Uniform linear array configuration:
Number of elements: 16
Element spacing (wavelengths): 0.25
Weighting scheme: hamming
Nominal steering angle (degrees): -30
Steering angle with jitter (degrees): -30.961
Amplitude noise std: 0.05
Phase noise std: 0.05

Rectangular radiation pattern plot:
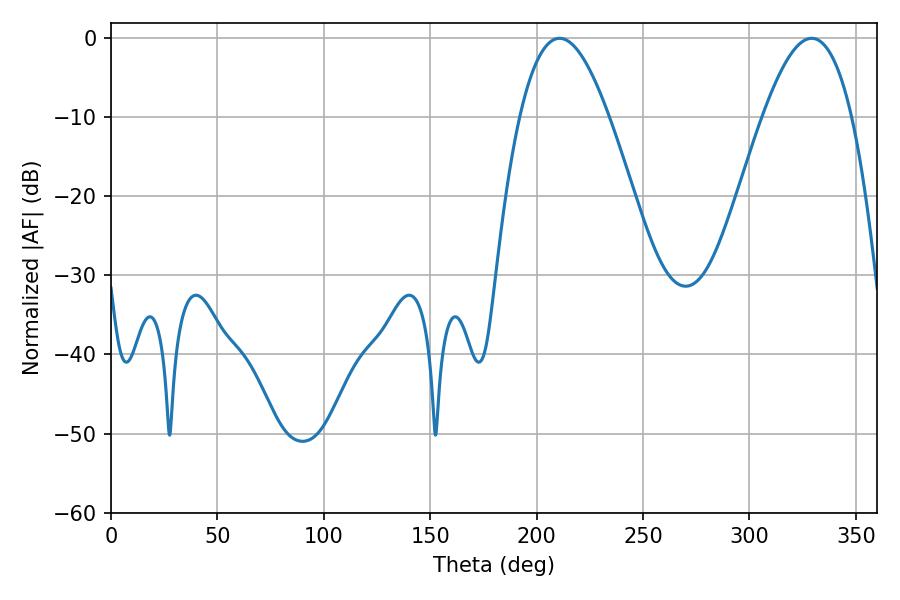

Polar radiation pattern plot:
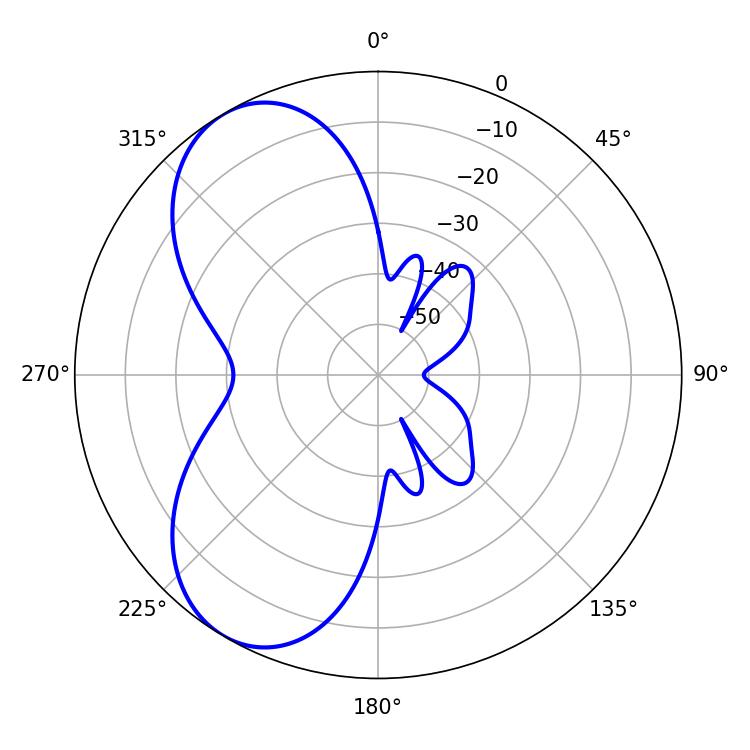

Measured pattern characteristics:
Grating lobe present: FALSE
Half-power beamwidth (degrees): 22.86
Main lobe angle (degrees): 210.78